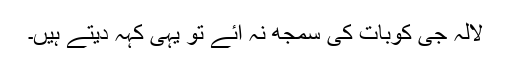
لالہ جی کوبات کی سمجھ نہ آئے تو یہی کہہ دیتے ہیں۔